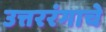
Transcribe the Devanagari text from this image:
उत्तररंगाचे